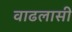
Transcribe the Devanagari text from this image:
वाढलासी